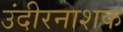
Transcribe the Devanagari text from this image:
उंदीरनाशक